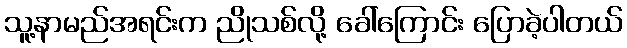
သူ့နာမည်အရင်းက ညိုသစ်လို့ ခေါ်ကြောင်း ပြောခဲ့ပါတယ်